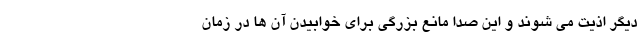
دیگر اذیت می شوند و این صدا مانع بزرگی برای خوابیدن آن ها در زمان